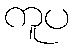
ကူပ